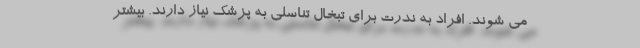
می شوند. افراد به ندرت برای تبخال تناسلی به پزشک نیاز دارند. بیشتر